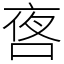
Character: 㖱